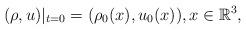
LaTeX: \begin{align*} (\rho,u)|_{t=0}=(\rho_0(x),u_0(x)),x\in \mathbb{R}^3,\end{align*}